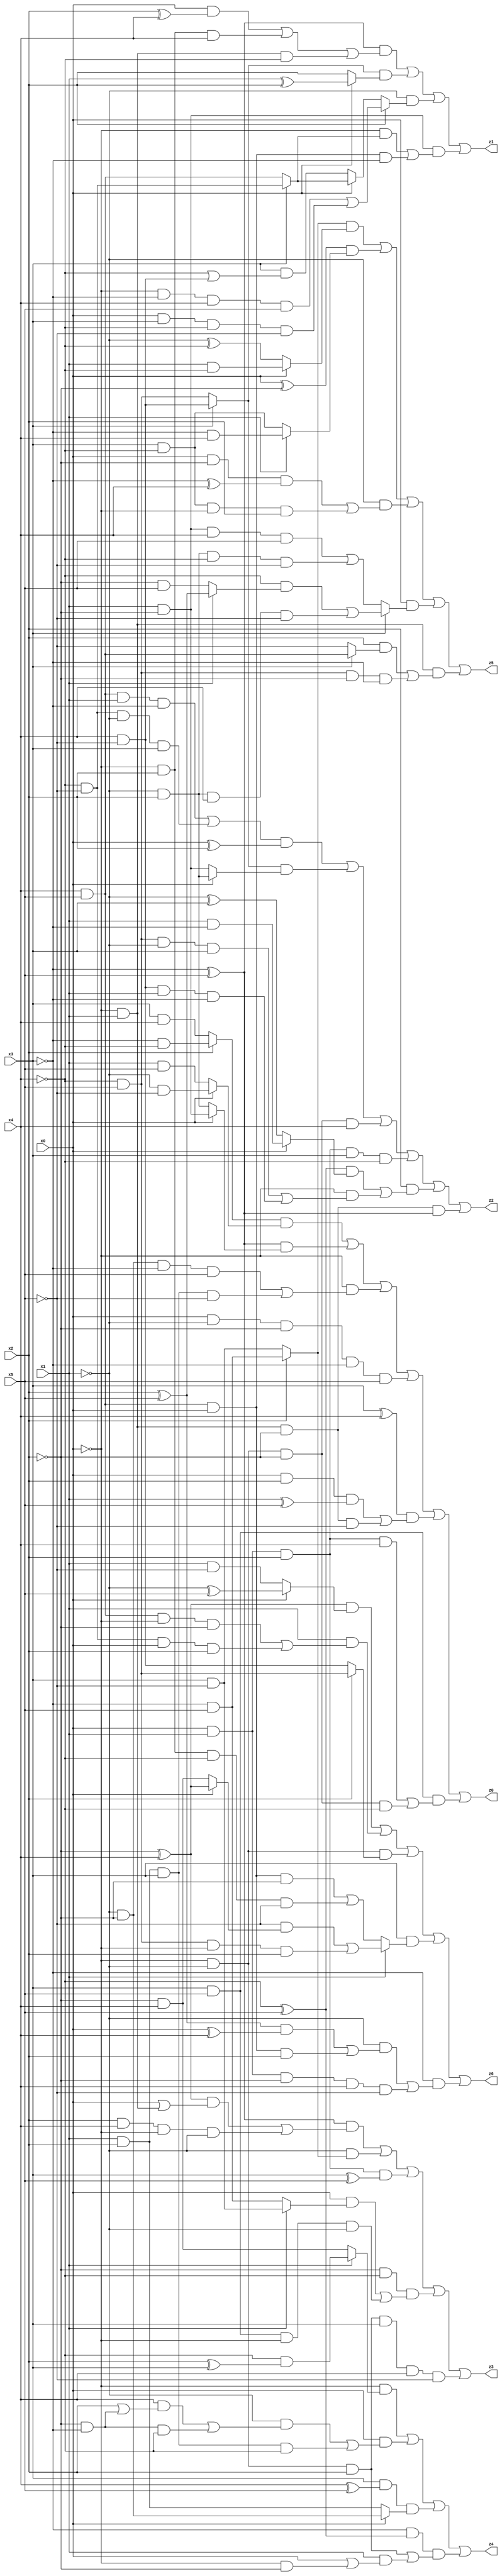
// Benchmark "X_2" written by ABC on Thu Jun 29 21:12:23 2023

module X_2 ( 
    x0, x1, x2, x3, x4, x5,
    z0, z1, z2, z3, z4, z5, z6  );
  input  x0, x1, x2, x3, x4, x5;
  output z0, z1, z2, z3, z4, z5, z6;
  assign z0 = ((x2 ? (~x3 & ~x4) : (x3 & x4)) & (x0 ? (~x1 & ~x5) : (x1 & x5))) | ((~x3 ^ x5) & (x0 ? (x1 & ~x2) : (~x1 & x2))) | (~x0 & ((~x1 & ~x2 & ~x3 & x5) | (x1 & x2 & x3 & ~x5))) | (x0 & ~x1 & ~x2 & ~x3 & x5) | ((x3 ^ x4) & ((x0 & x2 & (x1 ^ x5)) | (~x0 & x1 & ~x2 & ~x5))) | (x3 & x5 & ((x0 & x1 & x2 & x4) | (~x0 & ~x1 & ~x2 & ~x4)));
  assign z1 = ((~x3 ^ x5) & ((x0 & (x2 ^ x4)) | (~x0 & x2 & x4) | (~x0 & x1 & ~x4))) | ((x3 ? (x4 & ~x5) : (~x4 & x5)) & (x0 ? (x1 ^ x2) : x2)) | (~x1 & (x2 ? ((~x0 & ~x3 & x4 & x5) | (x0 & x3 & ~x4 & ~x5)) : (x0 ? (x3 ? (~x4 & ~x5) : (x4 & x5)) : (x3 & (~x4 | (x4 & ~x5)))))) | (x1 & ~x2 & ((~x0 & (x3 ? (~x4 & ~x5) : (x4 & x5))) | (x4 & x5 & x0 & ~x3)));
  assign z2 = (((x4 & x5 & x1 & ~x3) | (~x4 & ~x5 & ~x1 & x3)) & (x0 ^ x2)) | ((x3 ? (x4 & ~x5) : (~x4 & x5)) & (x0 ? (~x1 & x2) : (x1 & ~x2))) | (~x0 & ~x1 & ~x2 & x4) | (x0 & x1 & x2 & x3 & ~x4) | (x2 & (((~x4 ^ x5) & (x0 ? (x1 & ~x3) : (~x1 ^ x3))) | (~x0 & ((~x4 & x5 & ~x1 & x3) | (x4 & ~x5 & x1 & ~x3))))) | (~x0 & x1 & ~x2 & (~x3 ^ x5));
  assign z3 = ((~x3 ^ x5) & (((~x2 ^ x4) & (x0 | (~x0 & x1))) | (x2 & x4 & ~x0 & ~x1))) | (~x1 & (x2 ? (~x3 & x5) : (x3 & ~x5))) | (x0 & x1 & x2 & (x3 ^ x5)) | (~x2 & ~x4 & ((x0 & (x1 ? (x3 & ~x5) : (~x3 & x5))) | (x3 & x5 & ~x0 & ~x1))) | (~x0 & ~x1 & x2 & x3 & x4 & ~x5);
  assign z4 = (~x0 & (x1 ? (~x4 & (x2 ^ x3)) : (~x2 & x4))) | (x0 & ((~x1 & ((x4 & (x2 | (~x2 & ~x3))) | (~x2 & ~x3 & ~x4))) | (x1 & x2 & x3 & ~x4))) | (x3 & (x4 ^ x5) & (x0 ? (~x1 & ~x2) : (x1 & x2))) | (~x3 & (~x4 ^ x5) & ((~x0 & ~x1 & x2) | (x1 & (x0 | (~x0 & ~x2)))));
  assign z5 = ((x2 ? (~x3 & x5) : (x3 & ~x5)) & (x0 ? (x1 & ~x4) : (~x1 ^ ~x4))) | ((x0 ^ ~x2) & (x1 ? (~x3 & x4) : (x3 & ~x4))) | (~x1 & ((x0 & ~x2 & (~x3 ^ x4)) | (x3 & ~x4 & ~x0 & x2))) | (x0 & (x3 ? ((~x4 & (x1 ? (x2 ^ x5) : (~x2 & x5))) | (~x1 & x2 & x4 & ~x5)) : ((x1 & ~x2 & x4 & x5) | (~x1 & x2 & ~x4 & ~x5)))) | (~x0 & x1 & ((x2 & (x3 ? (x4 & x5) : ~x5)) | (~x4 & x5 & ~x2 & ~x3)));
  assign z6 = ((~x2 ^ x4) & (x0 ? (~x1 ^ x5) : (x1 & ~x5))) | (x1 & ((x4 & x5 & ~x0 & ~x2) | (~x4 & ~x5 & x0 & x2))) | (~x0 & ~x1 & (x2 ? (~x4 & x5) : (x4 & ~x5))) | (x3 & (x1 ? ((~x5 & (x0 ? (~x2 ^ x4) : (~x2 & x4))) | (~x4 & x5 & ~x0 & x2)) : ((x4 & x5 & x0 & ~x2) | (~x0 & x2 & ~x4 & ~x5)))) | (~x3 & ((~x1 & (((x2 ^ x5) & (x0 ^ x4)) | (x4 & x5 & x0 & x2))) | (x0 & x1 & ~x2 & x4 & ~x5)));
endmodule